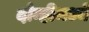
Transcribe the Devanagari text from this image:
दोन्हीमध्ये